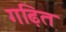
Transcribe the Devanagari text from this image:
गढ़ित